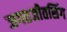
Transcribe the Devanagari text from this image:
जगतजीतसिंग